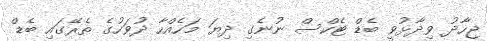
ޖިހާދު ވިދާޅުވީ ބެޑް ޓެކްސް ނުނެގި ދިޔަ މަހެއްހާ ދުވަހުގެ ތެރޭގައި ބެޑް